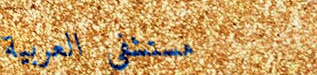
مستشفى العربية